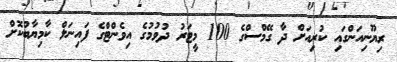
ރިޔޫނިއަންގައި ކުރިއަށް ދާ ގޭމްސްގެ 100 މީޓަރު ދުވުމުގެ އިވެންޓްގެ ފައިނަލް ކާމިޔާބުކޮށް